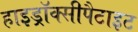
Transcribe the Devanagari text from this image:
हाइड्रॉक्सीपैटाइट